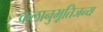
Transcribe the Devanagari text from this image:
कलानुभूतिजन्य